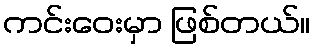
ကင်းဝေးမှာ ဖြစ်တယ်။